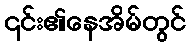
၎င်း၏နေအိမ်တွင်